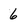
Character: 6